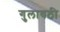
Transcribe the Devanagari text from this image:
गुलावठी